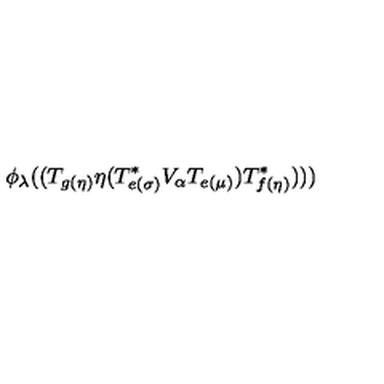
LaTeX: \phi _ { \lambda } ( ( T _ { g ( \eta ) } \eta ( T _ { e ( \sigma ) } ^ { * } V _ { \alpha } T _ { e ( \mu ) } ) T _ { f ( \eta ) } ^ { * } ) ) )